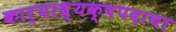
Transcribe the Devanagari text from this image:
कार्याध्यक्षपदाचा